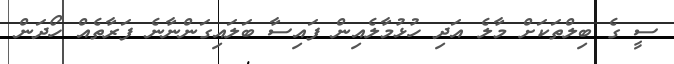
ސީ ގެ ބިލްތަކަށް މާލެ އަދި ހުޅުމާލެއިން ފައިސާ ބަލައިގަންނާނެ ފަރާތެއް ހޯދަން